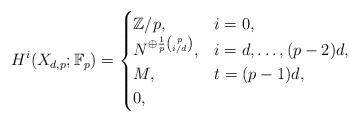
LaTeX: \begin{align*}H^i(X_{d,p};\mathbb{F}_p)=\begin{cases}\mathbb{Z}/p,& i=0,\\N^{\oplus \frac{1}{p}{p\choose i/d}},& i= d,\ldots, (p-2)d,\\M,& t=(p-1)d,\\0,& \end{cases}\end{align*}